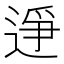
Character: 𫐭